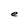
Character: e